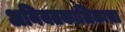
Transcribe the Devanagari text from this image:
अनियतकालिकाचा